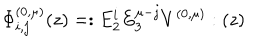
LaTeX: \Phi _ { i , j } ^ { ( 0 , \mu ) } ( z ) = : E _ { 2 } ^ { i } E _ { 3 } ^ { \mu - j } V ^ { ( 0 , \mu ) } : ( z )